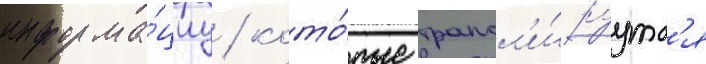
информа́циу / кото́рые трансл'и́руутс'я